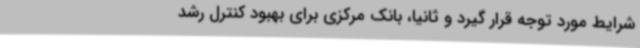
شرایط مورد توجه قرار گیرد و ثانیاً، بانک مرکزی برای بهبود کنترل رشد